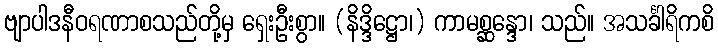
ဗျာပါဒနီဝရဏာစသည်တို့မှ ရှေးဦးစွာ။ (နိဒ္ဒိဋ္ဌော၊) ကာမစ္ဆန္ဒော၊ သည်။ အသင်္ခါရိကစိ